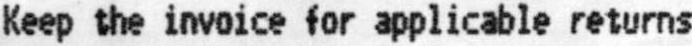
KEEP THE INVOICE FOR APPLICABLE RETURNS